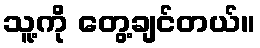
သူ့ကို တွေ့ချင်တယ်။